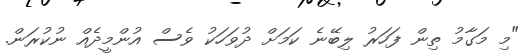
"މި މަގާމު ތިން ފަހަރު ލިބޭނެ ކަމަށް ދުވަހަކު ވެސް އުންމީދެއް ނުކުރަން.